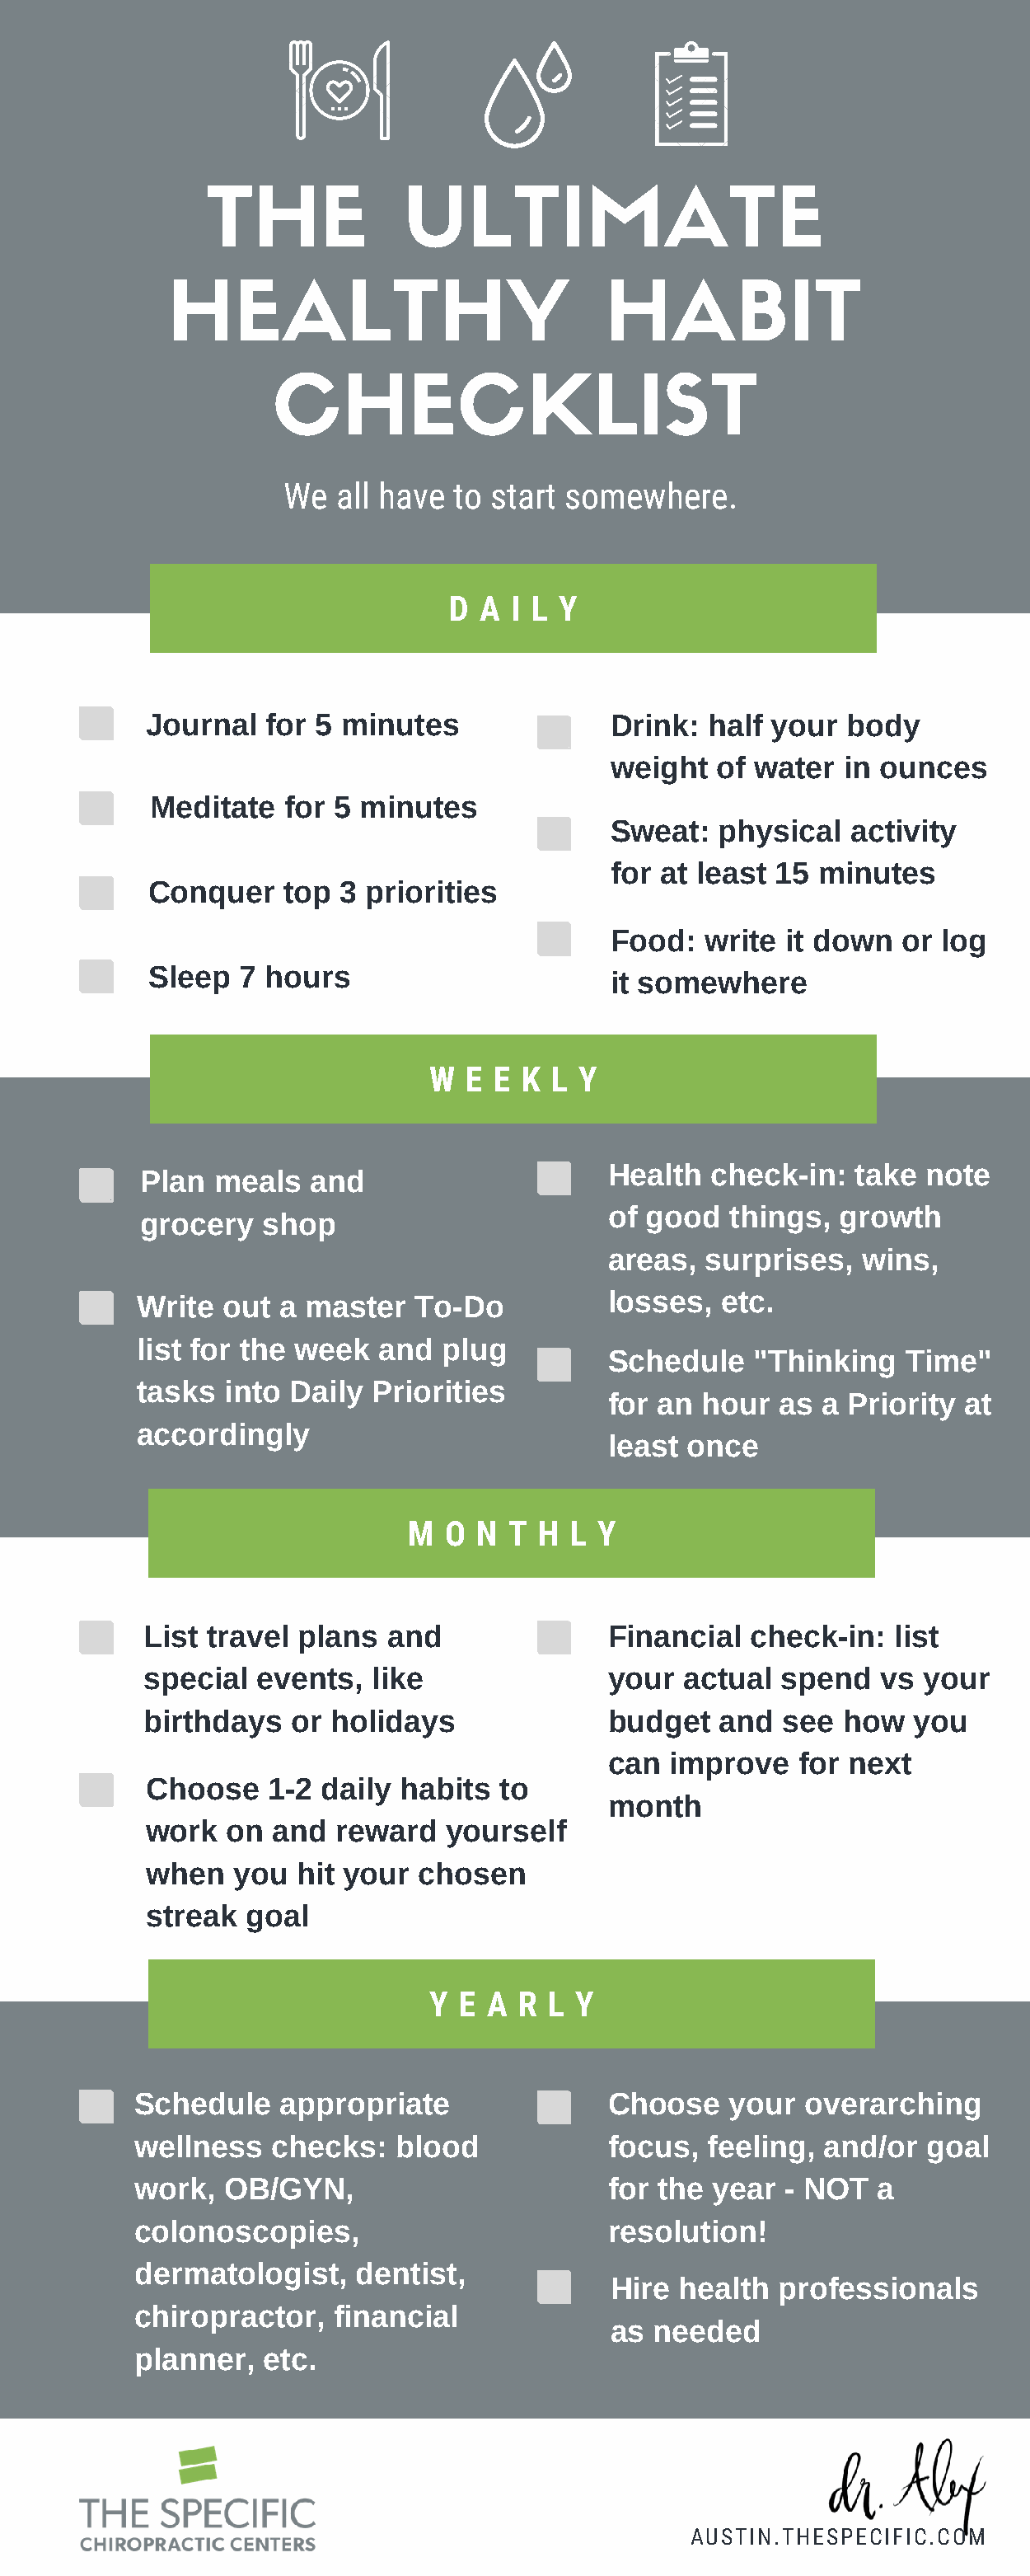
THE            ULTIMATE
 HEALTHY                            HABIT
 CHECKLIST
 We  all have to start somewhere.
 D  A I L Y
 Journal  for 5 minutes               Drink:  half your  body
 weight   of water  in ounces
 Meditate   for 5 minutes
 Sweat:   physical  activity
 for at least 15  minutes
 Conquer    top 3 priorities
 Food:   write it down  or  log
 Sleep  7 hours
 it somewhere
 W  E  E K L  Y
 Health  check-in:   take note
 Plan  meals   and
 of good   things, growth
 grocery   shop
 areas,  surprises,  wins,
 Write  out a  master  To-Do           losses,  etc.
 list for the week  and   plug
 Schedule    "Thinking   Time"
 tasks  into Daily  Priorities
 for an hour   as a Priority  at
 accordingly
 least once
 M  O N  T H  L Y
 List travel plans  and               Financial  check-in:   list
 special  events,  like               your  actual  spend   vs your
 birthdays  or  holidays              budget   and  see  how  you
 can  improve   for next
 Choose    1-2 daily habits  to
 month
 work  on  and  reward   yourself
 when   you  hit your  chosen
 streak  goal
 Y  E A  R L Y
 Schedule    appropriate               Choose    your  overarching
 wellness   checks:   blood            focus,  feeling, and/or  goal
 work,  OB/GYN,                        for the year  - NOT  a
 colonoscopies,                        resolution!
 dermatologist,    dentist,
 Hire  health  professionals
 chiropractor,   financial
 as needed
 planner,  etc.
 FOR REFERENCE:
 WWW.ENTREPRISESCANADA.CA
 AUSTIN.THESPECIFIC.COM